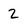
Character: 2